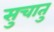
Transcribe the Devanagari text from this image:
सुचातु